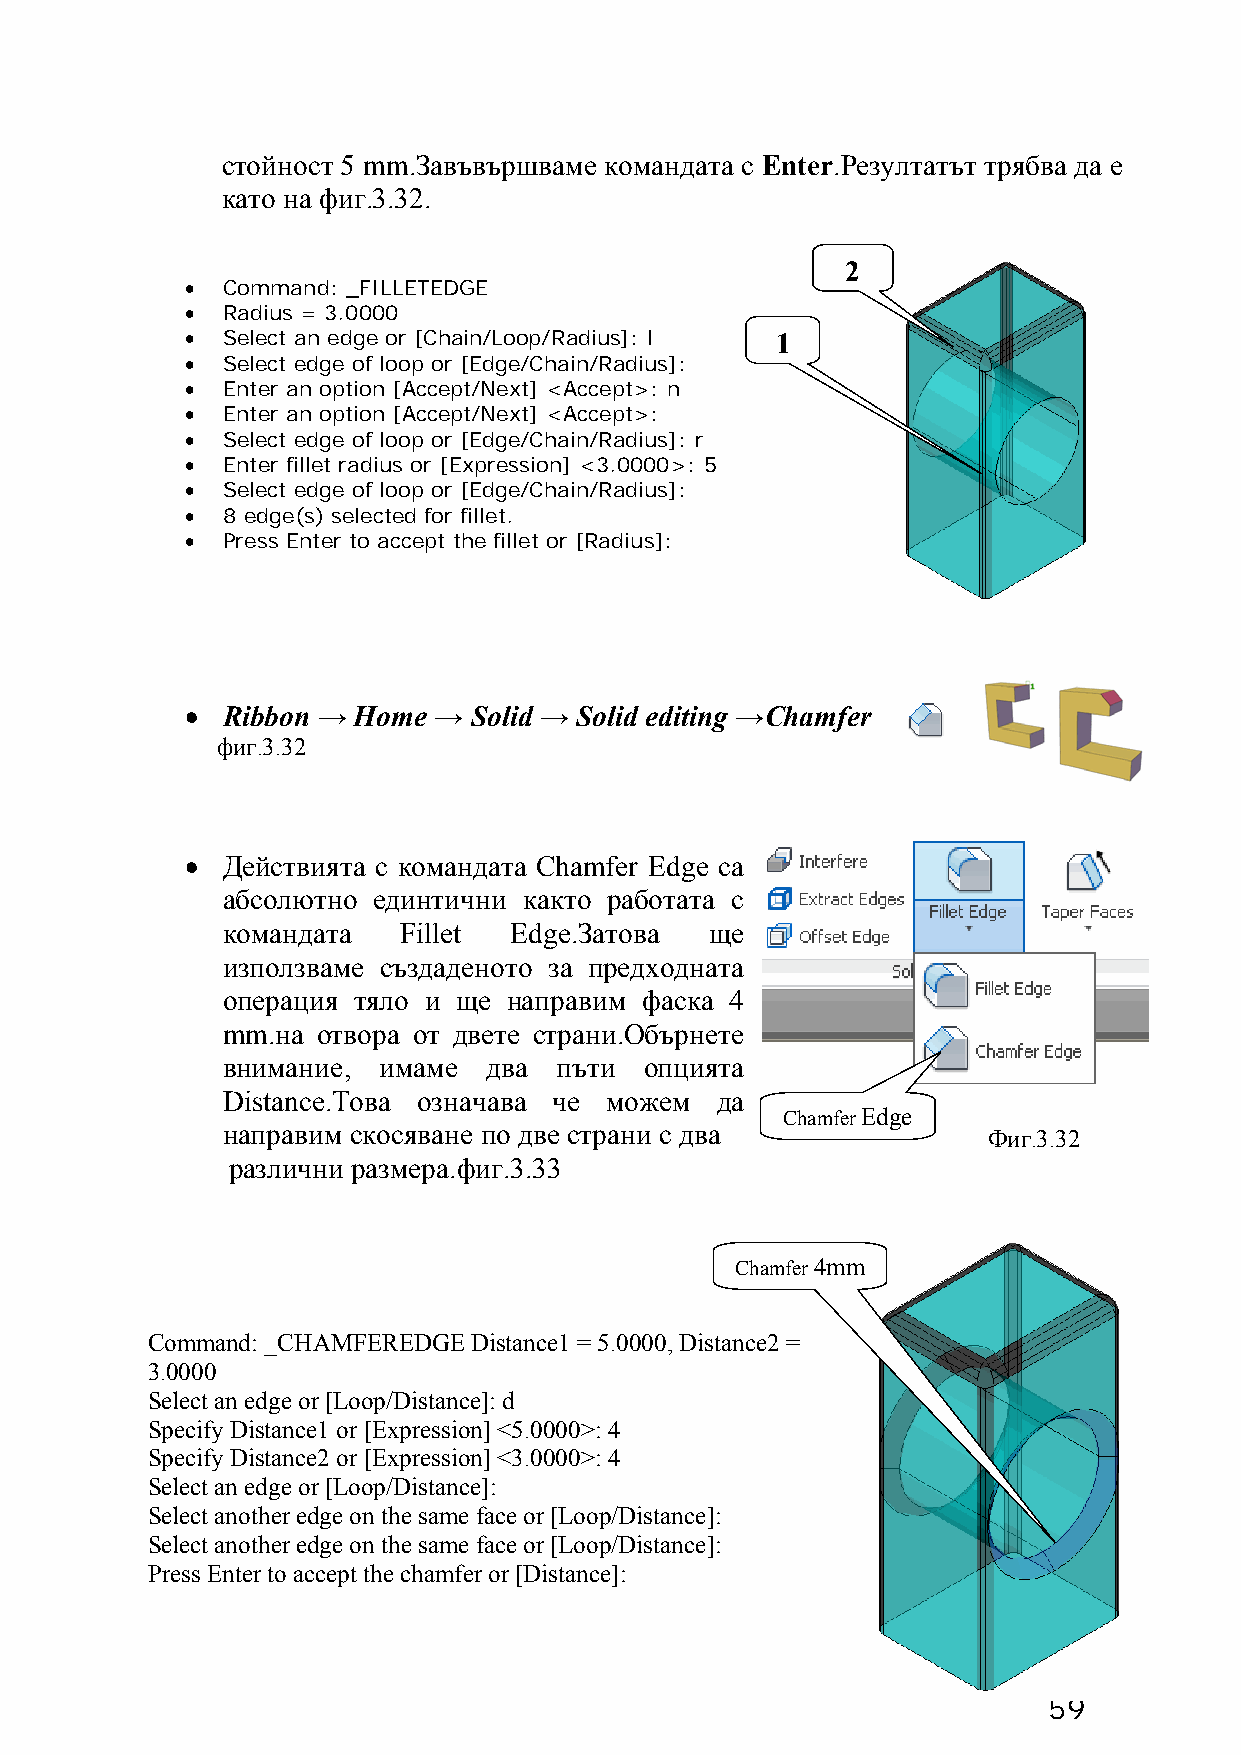
стойност 5 mm.Завъвършваме командата с Enter.Резултатът трябва да е
 като на фиг.3.32.
 2
 •  Command: _FILLETEDGE
 •  Radius = 3.0000
 •  Select an edge or [Chain/Loop/Radius]: l 1
 •  Select edge of loop or [Edge/Chain/Radius]:
 •  Enter an option [Accept/Next] <Accept>: n
 •  Enter an option [Accept/Next] <Accept>:
 •  Select edge of loop or [Edge/Chain/Radius]: r
 •  Enter fillet radius or [Expression] <3.0000>: 5
 •  Select edge of loop or [Edge/Chain/Radius]:
 •  8 edge(s) selected for fillet.
 •  Press Enter to accept the fillet or [Radius]:
 •  Ribbon → Home → Solid → Solid editing →Chamfer
 фиг.3.32
 •  Действията с командата Chamfer Edge са
 абсолютно единтични както работата с
 командата   Fillet Edge.Затова  ще
 използваме създаденото за предходната
 операция тяло и ще направим фаска 4
 mm.на отвора от двете страни.Обърнете
 внимание, имаме  два  пъти  опцията
 Distance.Това означава че можем да
 Chamfer Edge
 направим скосяване по две страни с два            Фиг.3.32
 различни размера.фиг.3.33
 Chamfer 4mm
 Command: _CHAMFEREDGE Distance1 = 5.0000, Distance2 =
 3.0000
 Select an edge or [Loop/Distance]: d
 Specify Distance1 or [Expression] <5.0000>: 4
 Specify Distance2 or [Expression] <3.0000>: 4
 Select an edge or [Loop/Distance]:
 Select another edge on the same face or [Loop/Distance]:
 Select another edge on the same face or [Loop/Distance]:
 Press Enter to accept the chamfer or [Distance]:
 59